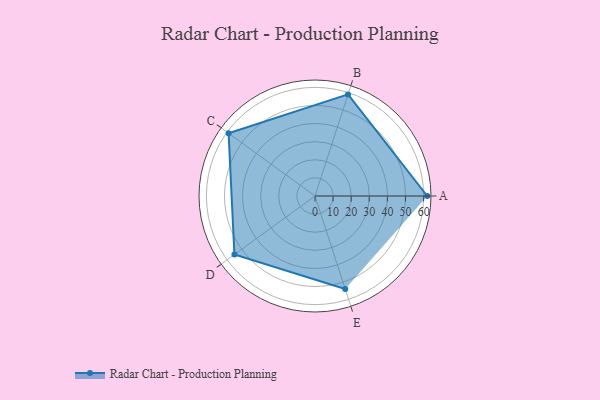
{"axis": {"x": "Skill", "y": "Score"}, "legend": ["Profile"], "data": [{"x": "A", "y": 62.0, "type": "Profile"}, {"x": "B", "y": 59.0, "type": "Profile"}, {"x": "C", "y": 59.0, "type": "Profile"}, {"x": "D", "y": 55.0, "type": "Profile"}, {"x": "E", "y": 54.0, "type": "Profile"}]}